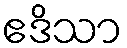
ဧဒိသာ